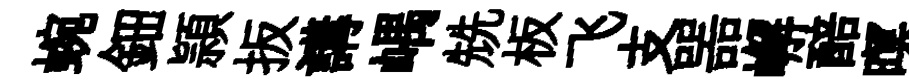
蜿鈿頴扳講嵎兟板飞支噐嶰醅暝